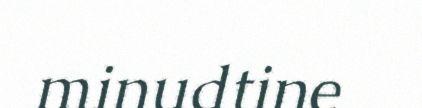
minudtine